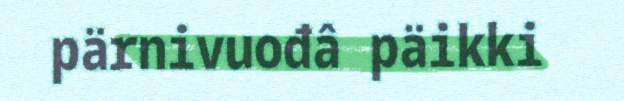
pärnivuođâ päikki